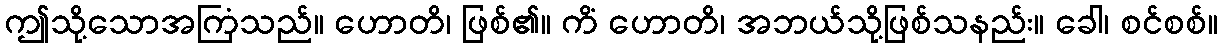
ဤသို့သောအကြံသည်။ ဟောတိ၊ ဖြစ်၏။ ကိံ ဟောတိ၊ အဘယ်သို့ဖြစ်သနည်း။ ခေါ၊ စင်စစ်။